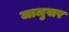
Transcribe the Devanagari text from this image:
जाजुसर